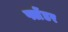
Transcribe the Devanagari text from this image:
फ्लेंडर